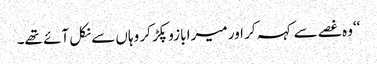
‘‘وہ غصے سے کہہ کر اور میرا بازو پکڑ کر وہاں سے نکل آئے تھے۔